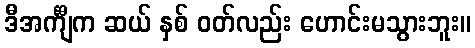
ဒီအင်္ကျီက ဆယ် နှစ် ဝတ်လည်း ဟောင်းမသွားဘူး။